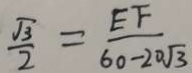
\frac { \sqrt { 3 } } { 2 } = \frac { E F } { 6 0 - 2 0 \sqrt { 3 } }